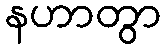
နဟာတွာ